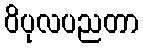
ဝိပုလပညတာ